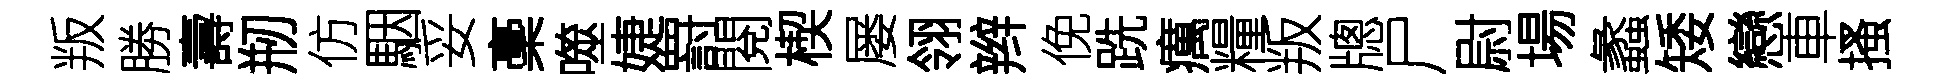
叛勝壽剏仿駰妥稾噬婕罸閱楔屡翎辫俛跣癘糧叛牕尸尉場蠡矮戀車搔